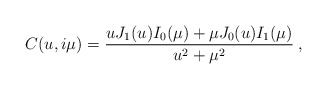
\begin{align*} C(u,i\mu)=\frac{uJ_1(u)I_0(\mu)+\mu J_0(u)I_1(\mu)}{u^2+\mu^2}\:,\end{align*}